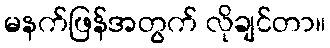
မနက်ဖြန်အတွက် လိုချင်တာ။